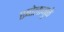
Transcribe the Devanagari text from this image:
एबोलामुळे